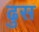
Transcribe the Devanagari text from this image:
ढुस